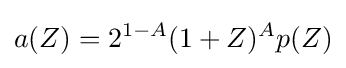
a(Z)=2^{1-A}(1+Z)^{A}p(Z)